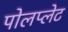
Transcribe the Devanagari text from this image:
पोलप्लेट